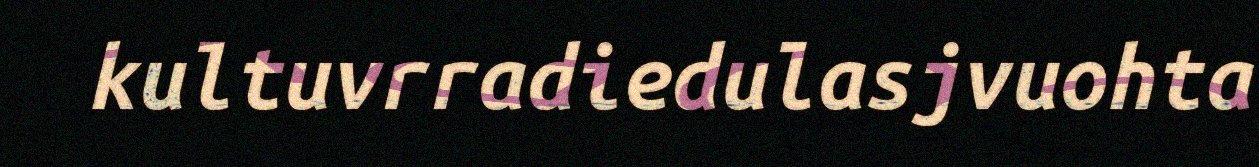
kultuvrradiedulasjvuohta